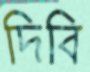
দিবি